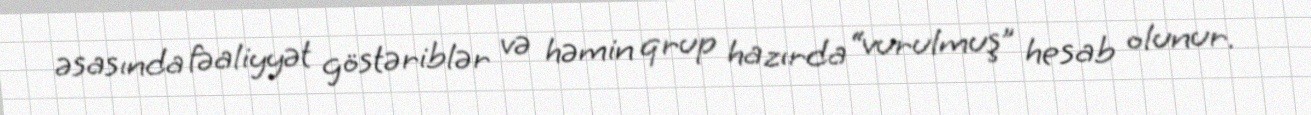
əsasında fəaliyyət göstəriblər və həmin qrup hazırda “vurulmuş” hesab olunur.